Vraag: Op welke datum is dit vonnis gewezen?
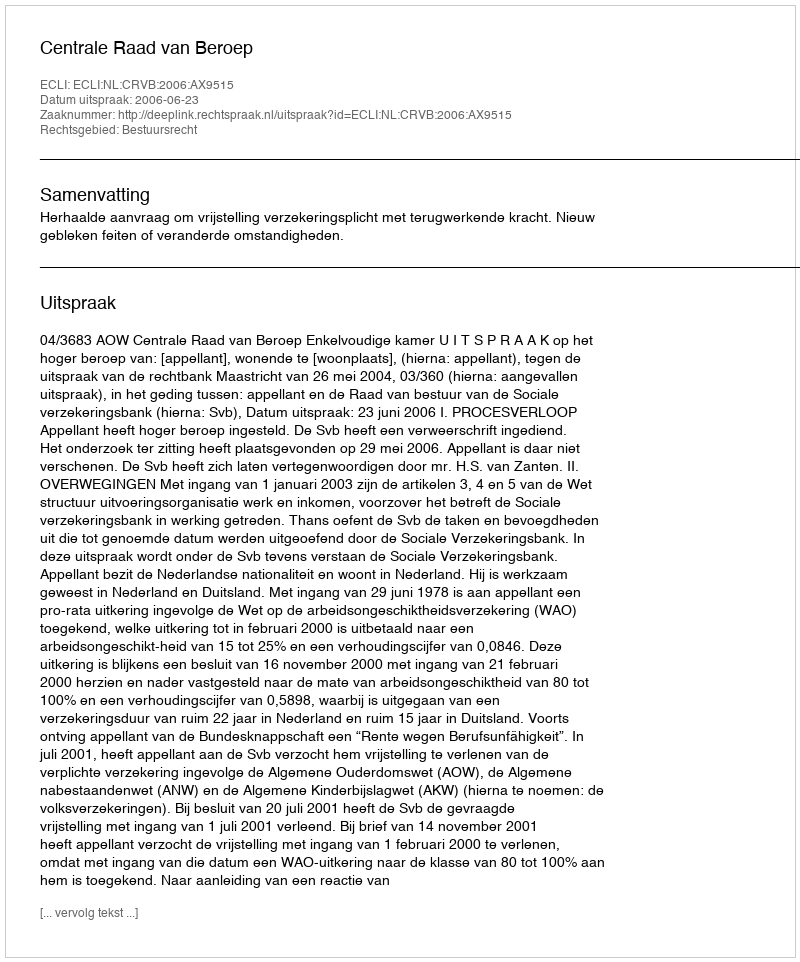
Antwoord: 2006-06-23